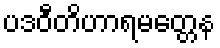
ပဒဝီတိဟာရမတ္တေန